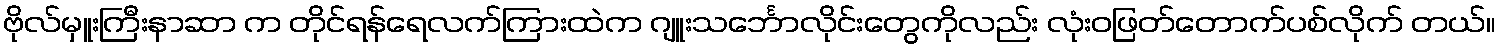
ဗိုလ်မှူးကြီးနာဆာ က တိုင်ရန်ရေလက်ကြားထဲက ဂျူးသင်္ဘောလိုင်းတွေကိုလည်း လုံးဝဖြတ်တောက်ပစ်လိုက် တယ်။